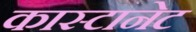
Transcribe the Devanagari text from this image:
कास्टानेट